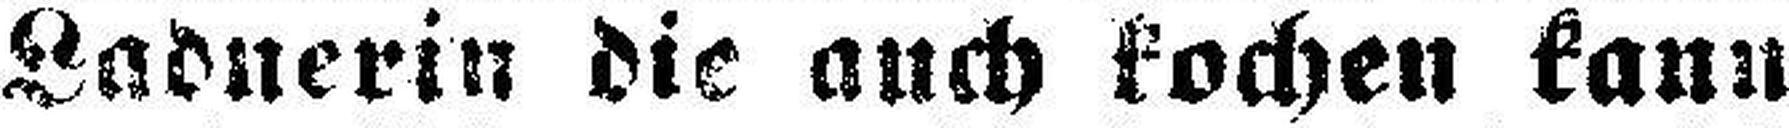
Ladnerin die auch kochen kann